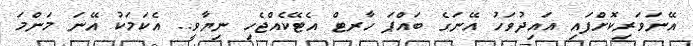
އޭނަވަރިކޮށްފައި އައިދުވަހު އޭނަގެ ބައްޕަ ހާރޓް އެޓޭކެއްޖެހި ނިޔާވީ.. އެކަމަކު އޭނަ މަންމަ